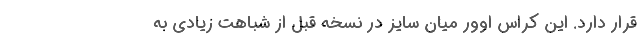
قرار دارد. این کراس اوور میان سایز در نسخه قبل از شباهت زیادی به